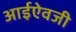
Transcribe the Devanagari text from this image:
आईऐवजी